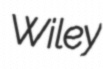
Wiley